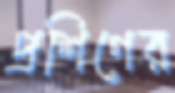
প্রশিণের